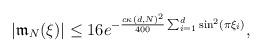
LaTeX: \begin{align*}|\mathfrak m_N(\xi)|\le 16e^{-\frac{c\kappa(d, N)^2}{400}\sum_{i=1}^d\sin^2(\pi\xi_i)},\end{align*}